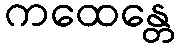
ကထေန္တေ